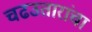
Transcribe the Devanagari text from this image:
चढउतारांचा